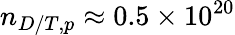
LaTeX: n_{D/T,p}\approx 0.5\times 10^{20}